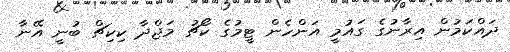
ދައްކަމުން އިރާނުގެ ގައުމީ އަންހެން ޓީމުގެ ކޯޗު މަޖްދާ ކިކިޗް ބުނީ އޭނާ